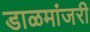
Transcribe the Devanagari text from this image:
डाळमांजरी